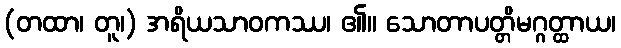
(တထာ၊ တူ၊) အရိယသာဝကဿ၊ ၏။ သောတာပတ္တိမဂ္ဂတ္ထာယ၊